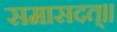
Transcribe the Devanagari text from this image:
समासदत्॥